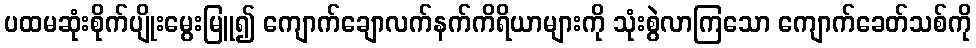
ပထမဆုံးစိုက်ပျိုးမွေးမြူ၍ ကျောက်ချောလက်နက်ကိရိယာများကို သုံးစွဲလာကြသော ကျောက်ခေတ်သစ်ကို